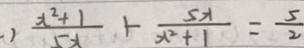
\frac { x ^ { 2 } + 1 } { x ^ { 2 } + 1 } + \frac { 5 x } { x ^ { 2 } + 1 } = \frac { 5 } { 2 }